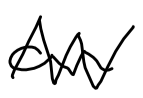
Text: an
Cross-out: zig-zag
Writing tool: digital_black